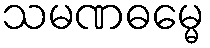
သမဏဓမ္မေ